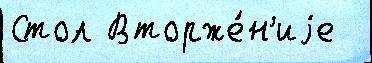
Стол Вторже́н'иjе